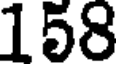
158